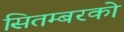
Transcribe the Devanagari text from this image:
सितम्बरको